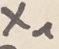
Text: X1